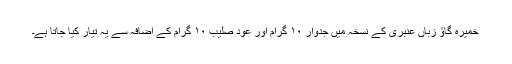
خمیرہ گاؤ زباں عنبری کے نسخہ میں جدوار ۱۰ گرام اور عود صلیب ۱۰ گرام کے اِضافہ سے یہ تیار کیا جاتا ہے۔